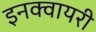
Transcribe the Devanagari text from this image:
इनक्वायरी